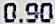
0.90